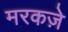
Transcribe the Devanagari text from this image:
मरकज़े